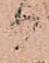
か